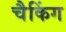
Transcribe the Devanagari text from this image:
चैकिंग